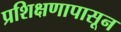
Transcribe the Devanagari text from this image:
प्रशिक्षणापासून